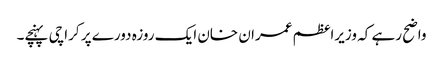
واضح رہے کہ وزیراعظم عمران خان ایک روزہ دورے پر کراچی پہنچے۔